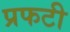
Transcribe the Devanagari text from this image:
प्रफटी